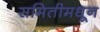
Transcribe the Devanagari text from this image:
समितीमधून